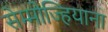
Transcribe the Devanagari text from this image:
सेम्मोज्हियाना